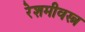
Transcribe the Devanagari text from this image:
रेशमीवस्त्र